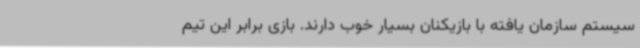
سیستم سازمان یافته با بازیکنان بسیار خوب دارند. بازی برابر این تیم